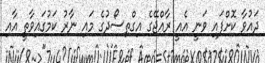
ދައުވާ ކޮށްފައި ވަނީ އެއީ ރާއްޖޭގެ އިގްތިސޯދުގެ މައި ނާރު ކަމުގައިވާތީ އާއި